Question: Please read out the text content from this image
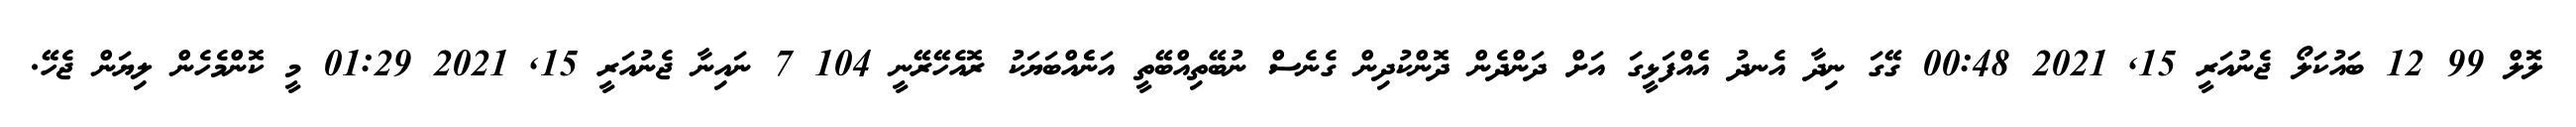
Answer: ލޮލް 99 12 ބައުކަލޯ ޖެނުއަރީ 15, 2021 00:48 ގޭގަ ނިދާ އެނދު އެއްފަޅީގަ އަށް ދަންދެން ދޮންކުދިން ގެނެސް ނުބޭތިއްބޭތީ އަނެެއްބަޔަކު ރޮއެހޭރޭނީ 104 7 ނައިނާ ޖެނުއަރީ 15, 2021 01:29 މީ ކޮންމެހެން ލިޔަން ޖެހޭ.